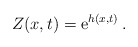
\begin{align*}Z(x,t) = \mathrm{e}^{h(x,t)}\,.\end{align*}